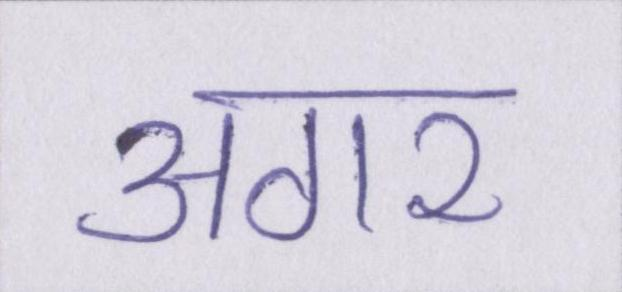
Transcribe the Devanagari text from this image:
अगर